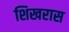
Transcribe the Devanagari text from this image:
शिखरास